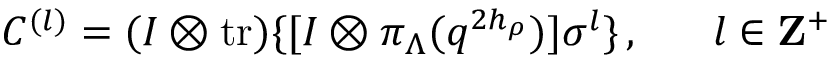
C ^ { ( l ) } = ( I \otimes \mathrm { t r } ) \{ [ I \otimes \pi _ { \Lambda } ( q ^ { 2 h _ { \rho } } ) ] \sigma ^ { l } \} \, , ~ ~ ~ ~ ~ l \in { \bf Z } ^ { + }